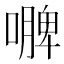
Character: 𭋐